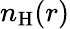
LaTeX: n_{\mathrm{H}}(r)